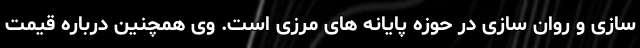
سازی و روان سازی در حوزه پایانه های مرزی است. وی همچنین درباره قیمت